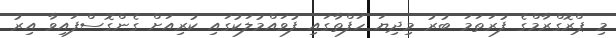
މި ޕްރޮގްރާމްގެ ފުރަތަމަ ބުރު މިދިޔަ ހަފްތާގައި ފުވައްމުލަކުގައި ކުރިއަށް ގެންގޮސްފައިވާ އިރު